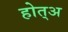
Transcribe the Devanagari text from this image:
होत्अ